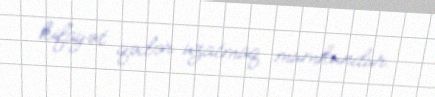
kifayət qədər uzatmaq mümkündür.